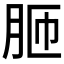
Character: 𦚗